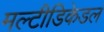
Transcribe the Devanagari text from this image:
मल्टीडिकेडल